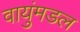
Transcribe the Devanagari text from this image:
वायुंमडल